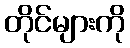
တိုင်များကို